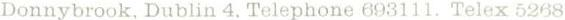
Donnybrook, Dublin 4.Telephone 693111. Telex5268